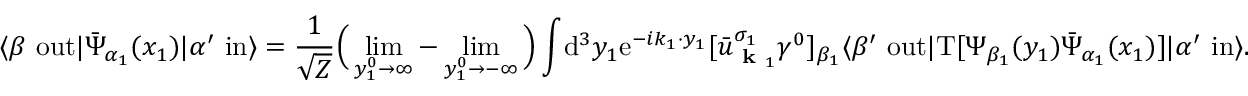
\langle \beta \ \mathrm { o u t } | { \bar { \Psi } } _ { \alpha _ { 1 } } ( x _ { 1 } ) | \alpha ^ { \prime } \ \mathrm { i n } \rangle = { \frac { 1 } { \sqrt { Z } } } { \Big ( } \operatorname* { l i m } _ { y _ { 1 } ^ { 0 } \rightarrow \infty } - \operatorname* { l i m } _ { y _ { 1 } ^ { 0 } \rightarrow - \infty } { \Big ) } \int \! \mathrm { d } ^ { 3 } y _ { 1 } \mathrm { e } ^ { - i k _ { 1 } \cdot y _ { 1 } } [ { \bar { u } } _ { { \textbf { k } } _ { 1 } } ^ { \sigma _ { 1 } } \gamma ^ { 0 } ] _ { \beta _ { 1 } } \langle \beta ^ { \prime } \ \mathrm { o u t } | \mathrm { T } [ \Psi _ { \beta _ { 1 } } ( y _ { 1 } ) { \bar { \Psi } } _ { \alpha _ { 1 } } ( x _ { 1 } ) ] | \alpha ^ { \prime } \ \mathrm { i n } \rangle .